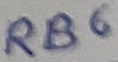
Text: RB6